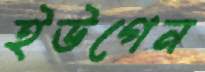
ইউগেন